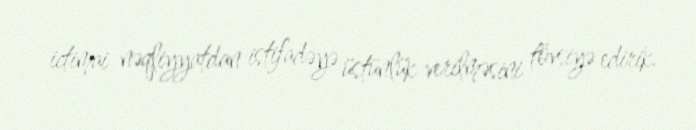
ictimai nəqliyyatdan istifadəyə üstünlük verilməsini tövsiyə edirik.